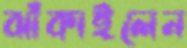
ঝাঁকাইলেন